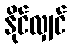
နိုင်လျှင်